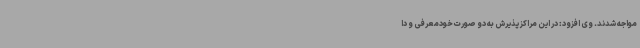
مواجه شدند. وی افزود: در این مراکز پذیرش به دو صورت خودمعرفی و دا